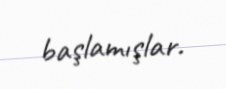
başlamışlar.